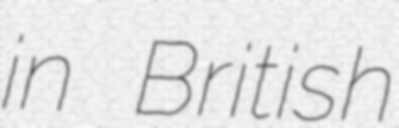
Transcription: in British